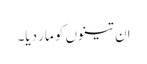
ان تینوں کو مار دیا۔